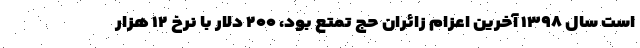
است سال ۱۳۹۸ آخرین اعزام زائران حج تمتع بود، ۲۰۰ دلار با نرخ ۱۲ هزار